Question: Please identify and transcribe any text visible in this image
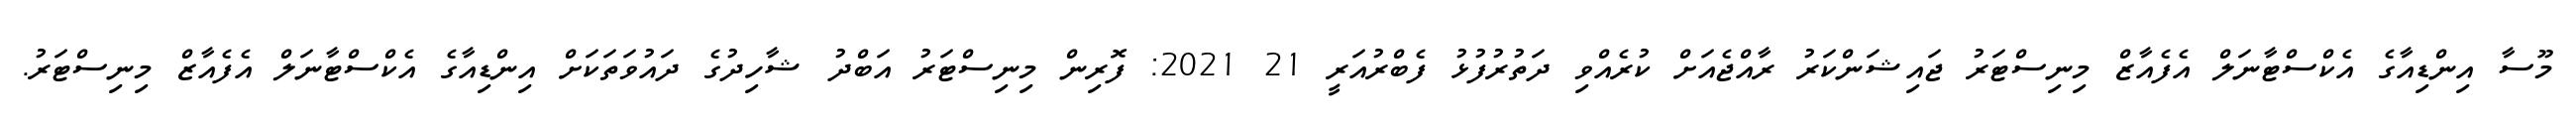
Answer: މޫސާ އިންޑިއާގެ އެކްސްޓާނަލް އެފެއާޒް މިނިސްޓަރު ޖައިޝަންކަރު ރާއްޖެއަށް ކުރެއްވި ދަތުރުފުޅު ފެބްރުއަރީ 21 2021: ފޮރިން މިނިސްޓަރު އަބްދު ޝާހިދުގެ ދައުވަތަކަށް އިންޑިއާގެ އެކްސްޓާނަލް އެފެއާޒް މިނިސްޓަރު.